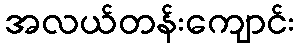
အလယ်တန်းကျောင်း